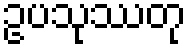
ဥပသုဿတု